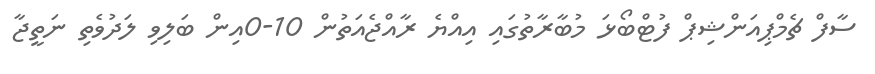
ސާފް ޗެމްޕިއަންޝިޕް ފުޓްބޯޅަ މުބާރާތުގައި އިއްޔެ ރާއްޖެއަތުން 10-0އިން ބަލިވި ލަދުވެތި ނަތީޖާ